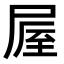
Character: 𡲃